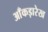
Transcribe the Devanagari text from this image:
आँकड़ारेख